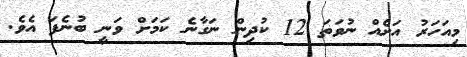
މިއަހަރު އަށެއް ނުވަތަ 12 ކުދިން ނަގާނެ ކަމަށް ވަނީ ބުނެފަ އެވެ.